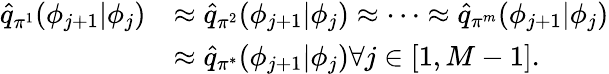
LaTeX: \begin{array}{rl}{\hat{q}_{\pi^{1}}(\phi_{j+1}|\phi_{j})}&{\approx\hat{q}_{\pi^{2}}(\phi_{j+1}|\phi_{j})\approx\cdots\approx\hat{q}_{\pi^{m}}(\phi_{j+1}|\phi_{j})}\\ &{\approx\hat{q}_{\pi^{*}}(\phi_{j+1}|\phi_{j})\forall j\in[1,M-1].}\end{array}